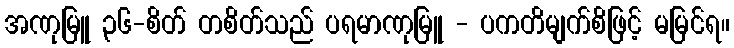
အဏုမြူ ၃၆-စိတ် တစိတ်သည် ပရမာဏုမြူ - ပကတိမျက်စိဖြင့် မမြင်ရ။